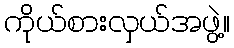
ကိုယ်စားလှယ်အဖွဲ့။